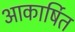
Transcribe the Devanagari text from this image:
आकार्षित